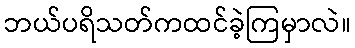
ဘယ်ပရိသတ်ကထင်ခဲ့ကြမှာလဲ။